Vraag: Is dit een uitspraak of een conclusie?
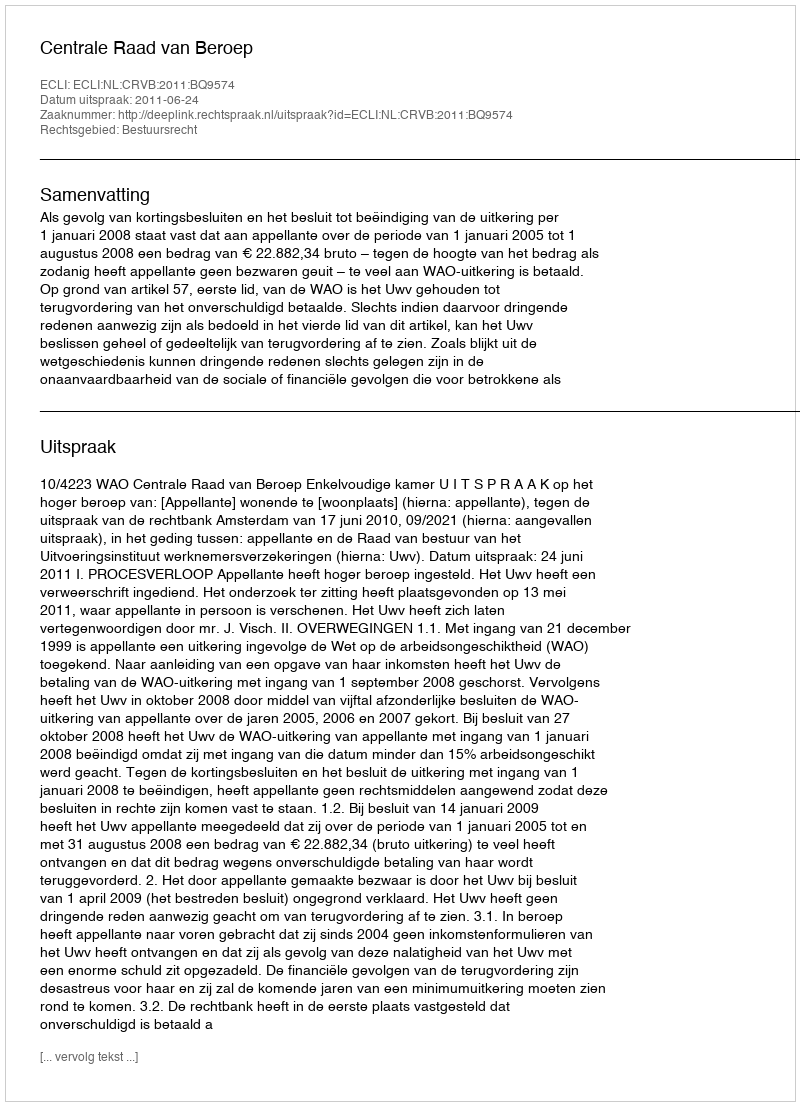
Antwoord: Uitspraak